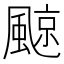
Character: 𩗬